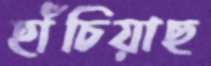
হাঁচিয়াছ